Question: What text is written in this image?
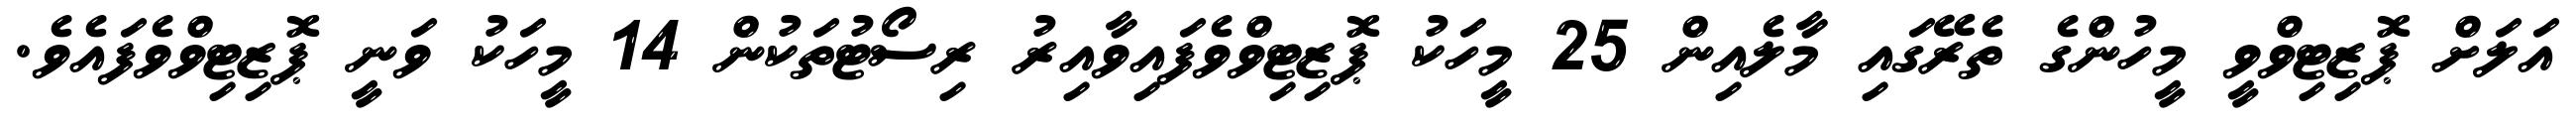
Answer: އަލަށް ޕޮޒިޓިވްވީ މީހުންގެ ތެރޭގައި މާލެއިން 25 މީހަކު ޕޮޒިޓިވްވެފައިވާއިރު ރިސޯޓުތަކުން 14 މީހަކު ވަނީ ޕޮޒިޓިވްވެފައެވެ.